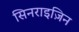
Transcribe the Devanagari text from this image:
सिनराइज़िन